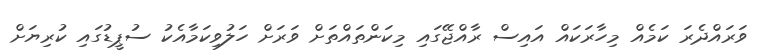
ވަރައްދެރަ ކަމެއް މިހާރަކައް އައިސް ރާއްޖޭގައި މިކަންތައްތަށް ވަރަށް ހަލުވިކަމާއެކު ސުޕީޑުގައި ކުރިޔަށް